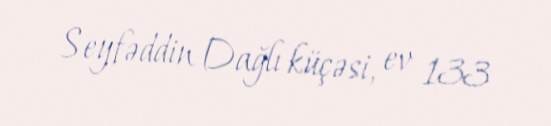
Seyfəddin Dağlı küçəsi, ev 133